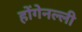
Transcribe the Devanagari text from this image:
होंगेनल्ली